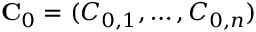
\mathbf { C } _ { 0 } = ( C _ { 0 , 1 } , \hdots , C _ { 0 , n } )